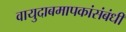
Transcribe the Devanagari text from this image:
वायुदाबमापकांसंबंधी